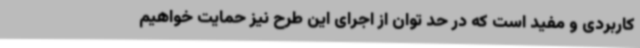
کاربردی و مفید است که در حد توان از اجرای این طرح نیز حمایت خواهیم